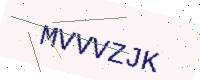
Text: MVVVZJK